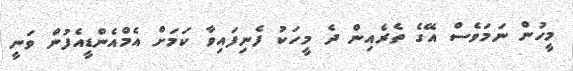
މީހުން ނަމަވެސް އޭގެ ތެރެއިން ދެ މީހަކު ފެނިފައިވާ ކަމަށް އެމްއެންޑީއެފުން ވަނީ